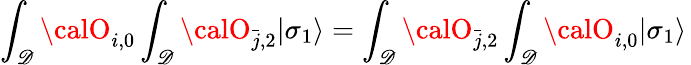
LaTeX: \int_{\mathscr{D}}{\calO}_{i,0}\int_{\mathscr{D}}{\calO}_{{\bar{{j}}},2}|\sigma_{1}\rangle=\int_{\mathscr{D}}{\calO}_{{\bar{{j}}},2}\int_{\mathscr{D}}{\calO}_{i,0}|\sigma_{1}\rangle\,